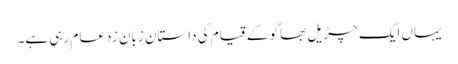
یہاں ایک چڑیل بھاگو کے قیام کی داستان زبان زد عام رہی ہے۔